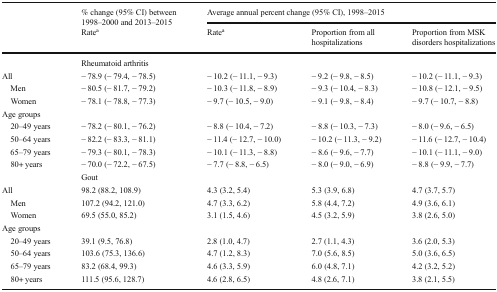
<table><thead><tr><td></td><td><b>% change (95% CI) between 1998–2000 and 2013–2015</b></td><td colspan="3"><b>Average annual percent change (95% CI), 1998–2015</b></td></tr><tr><td></td><td><b>Rate<sup>a</sup></b></td><td><b>Rate<sup>a</sup></b></td><td><b>Proportion from all hospitalizations</b></td><td><b>Proportion from MSK disorders hospitalizations</b></td></tr></thead><tbody><tr><td></td><td colspan="4">Rheumatoid arthritis</td></tr><tr><td>All</td><td>− 78.9 (− 79.4, − 78.5)</td><td>− 10.2 (− 11.1, − 9.3)</td><td>− 9.2 (− 9.8, − 8.5)</td><td>− 10.2 (− 11.1, − 9.3)</td></tr><tr><td> Men</td><td>− 80.5 (− 81.7, − 79.2)</td><td>− 10.3 (− 11.8, − 8.9)</td><td>− 9.3 (− 10.4, − 8.3)</td><td>− 10.8 (− 12.1, − 9.5)</td></tr><tr><td> Women</td><td>− 78.1 (− 78.8, − 77.3)</td><td>− 9.7 (− 10.5, − 9.0)</td><td>− 9.1 (− 9.8, − 8.4)</td><td>− 9.7 (− 10.7, − 8.8)</td></tr><tr><td>Age groups</td><td></td><td></td><td></td><td></td></tr><tr><td> 20–49 years</td><td>− 78.2 (− 80.1, − 76.2)</td><td>− 8.8 (− 10.4, − 7.2)</td><td>− 8.8 (− 10.3, − 7.3)</td><td>− 8.0 (− 9.6, − 6.5)</td></tr><tr><td> 50–64 years</td><td>− 82.2 (− 83.3, − 81.1)</td><td>− 11.4 (− 12.7, − 10.0)</td><td>− 10.2 (− 11.3, − 9.2)</td><td>− 11.6 (− 12.7, − 10.4)</td></tr><tr><td> 65–79 years</td><td>− 79.3 (− 80.1, − 78.3)</td><td>− 10.1 (− 11.3, − 8.8)</td><td>− 8.6 (− 9.6, − 7.7)</td><td>− 10.1 (− 11.1, − 9.0)</td></tr><tr><td> 80+ years</td><td>− 70.0 (− 72.2, − 67.5)</td><td>− 7.7 (− 8.8, − 6.5)</td><td>− 8.0 (− 9.0, − 6.9)</td><td>− 8.8 (− 9.9, − 7.7)</td></tr><tr><td></td><td colspan="4">Gout</td></tr><tr><td>All</td><td>98.2 (88.2, 108.9)</td><td>4.3 (3.2, 5.4)</td><td>5.3 (3.9, 6.8)</td><td>4.7 (3.7, 5.7)</td></tr><tr><td> Men</td><td>107.2 (94.2, 121.0)</td><td>4.7 (3.3, 6.2)</td><td>5.8 (4.4, 7.2)</td><td>4.9 (3.6, 6.1)</td></tr><tr><td> Women</td><td>69.5 (55.0, 85.2)</td><td>3.1 (1.5, 4.6)</td><td>4.5 (3.2, 5.9)</td><td>3.8 (2.6, 5.0)</td></tr><tr><td colspan="5">Age groups</td></tr><tr><td> 20–49 years</td><td>39.1 (9.5, 76.8)</td><td>2.8 (1.0, 4.7)</td><td>2.7 (1.1, 4.3)</td><td>3.6 (2.0, 5.3)</td></tr><tr><td> 50–64 years</td><td>103.6 (75.3, 136.6)</td><td>4.7 (1.2, 8.3)</td><td>7.0 (5.6, 8.5)</td><td>5.0 (3.6, 6.5)</td></tr><tr><td> 65–79 years</td><td>83.2 (68.4, 99.3)</td><td>4.6 (3.3, 5.9)</td><td>6.0 (4.8, 7.1)</td><td>4.2 (3.2, 5.2)</td></tr><tr><td> 80+ years</td><td>111.5 (95.6, 128.7)</td><td>4.6 (2.8, 6.5)</td><td>4.8 (2.6, 7.1)</td><td>3.8 (2.1, 5.5)</td></tr></tbody></table>